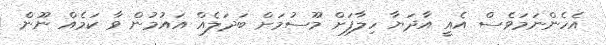
އެހެންނަމަވެސް އެއީ އާދަޔާ ހިލާފަށް މޫސުމަށް ބަދަލެއް އައުމުން ވާ ކަމެއް ނޫން